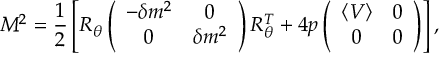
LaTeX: { \cal M } ^ { 2 } = { \frac { 1 } { 2 } } \left[ R _ { \theta } \left( \begin{array} { c c } { { - \delta m ^ { 2 } } } & { { 0 } } \\ { { 0 } } & { { \delta m ^ { 2 } } } \end{array} \right) R _ { \theta } ^ { T } + 4 p \left( \begin{array} { c c } { { \langle V \rangle } } & { { 0 } } \\ { { 0 } } & { { 0 } } \end{array} \right) \right] ,